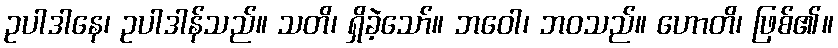
ဥပါဒါနေ၊ ဥပါဒါန်သည်။ သတိ၊ ရှိခဲ့သော်။ ဘဝေါ၊ ဘဝသည်။ ဟောတိ၊ ဖြစ်၏။